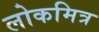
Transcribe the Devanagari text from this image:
लोकमित्र